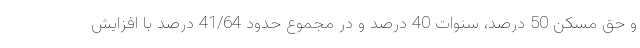
و حق مسکن 50 درصد، سنوات 40 درصد و در مجموع حدود 41/64 درصد با افزایش